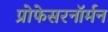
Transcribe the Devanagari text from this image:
प्रोफेसरनॉर्मन